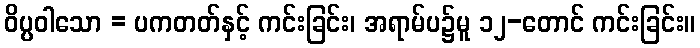
ဝိပ္ပဝါသော = ပကတတ်နှင့် ကင်းခြင်း၊ အရာမ်ပ၌မူ ၁၂-တောင် ကင်းခြင်း။